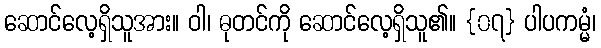
ဆောင်လေ့ရှိသူအား။ ဝါ၊ ဓုတင်ကို ဆောင်လေ့ရှိသူ၏။ {၀၇} ပါပကမ္မံ၊